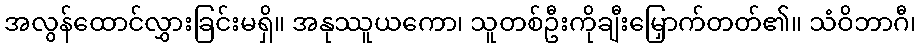
အလွန်ထောင်လွှားခြင်းမရှိ။ အနုဿူယကော၊ သူတစ်ဦးကိုချီးမြှောက်တတ်၏။ သံဝိဘာဂီ၊